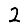
Digit: 2